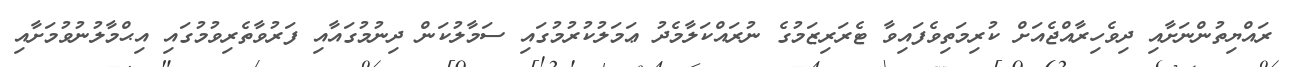
ރައްޔިތުންނަށާއި ދިވެހިރާއްޖެއަށް ކުރިމަތިވެފައިވާ ޓެރަރިޒަމުގެ ނުރައްކަލާމެދު ޢަމަލުކުރުމުގައި ސަމާލުކަން ދިނުމުގައާއި ފަރުވާތެރިވުމުގައި އިޙްމާލުނުވުމަށާއި